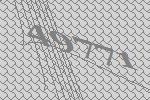
49771